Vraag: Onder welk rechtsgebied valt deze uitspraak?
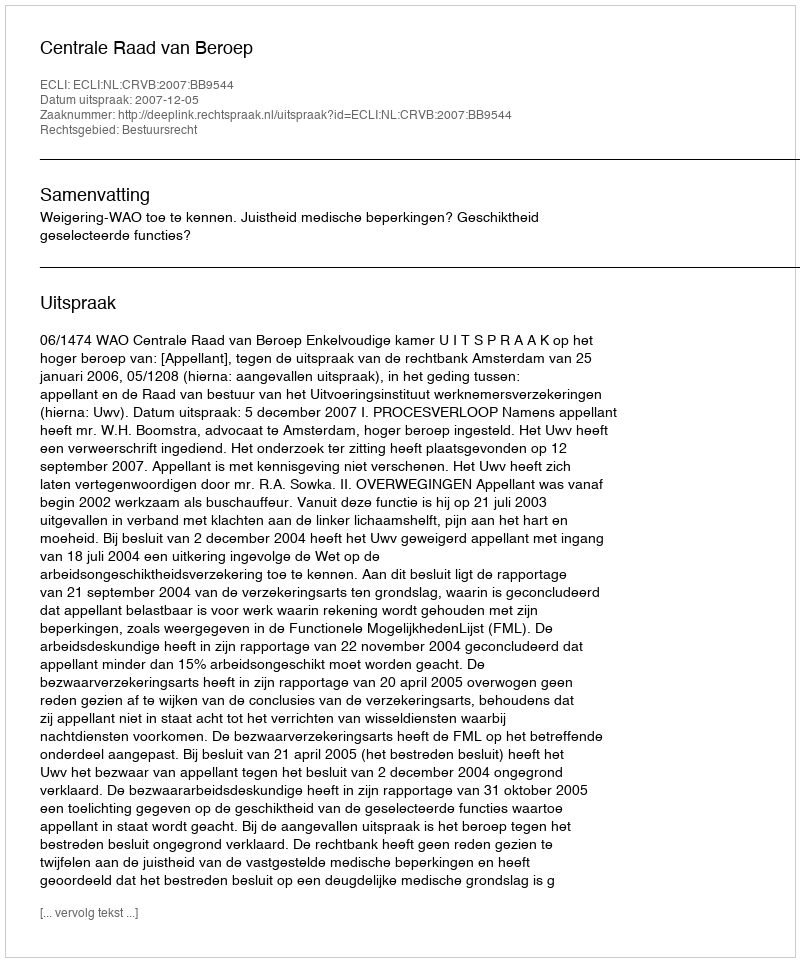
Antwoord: Bestuursrecht